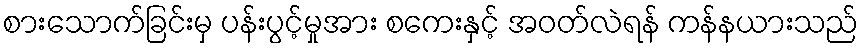
စားသောက်ခြင်းမှ ပန်းပွင့်မှုအား စကေးနှင့် အဝတ်လဲရန် ကန်နယားသည်